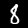
Label: 8